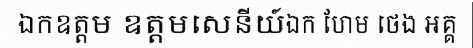
ឯកឧត្តម ឧត្តមសេនីយ៍ឯក ហែម ថេង អគ្គ